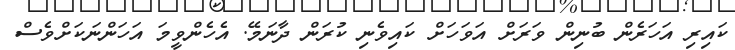
ކައިރި އަހަރެން ބުނިން ވަރަށް އަވަހަށް ކައިވެނި ކުރަން ދާނަމޭ. އެހެންވީމަ އަހަންނަކަށްވެސް